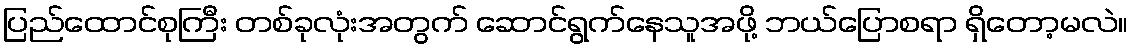
ပြည်ထောင်စုကြီး တစ်ခုလုံးအတွက် ဆောင်ရွက်နေသူအဖို့ ဘယ်ပြောစရာ ရှိတော့မလဲ။